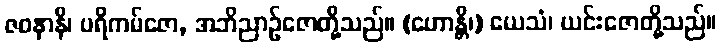
ဇဝနာနိ၊ ပရိကမ်ဇော, အဘိညာဉ်ဇောတို့သည်။ (ဟောန္တိ၊) ယေသံ၊ ယင်းဇောတို့သည်။